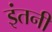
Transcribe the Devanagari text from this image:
इंतनी